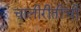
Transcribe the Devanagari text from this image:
चालीरीतींची